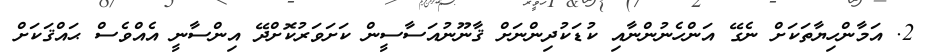
2. އަމާންހިޔާތަކަށް ނެގޭ އަންހެނުންނާއި ކުޑަކުދިންނަށް ޤާނޫނުއަސާސީން ކަށަވަރުކޮށްދޭ އިންސާނީ އެއްވެސް ޙައްޤަކަށް